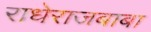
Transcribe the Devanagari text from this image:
राधेराजबाबा